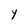
Character: y